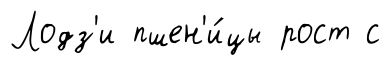
Лодз'и пшен'и́цы рост с